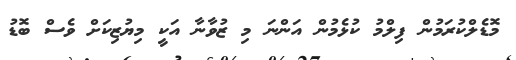
މޮޑެލްކުރަމުން ފިލްމު ކުޅެމުން އަންނަ މި ޒުވާނާ އަކީ މިޔުޒިކަށް ވެސް ބޮޑު